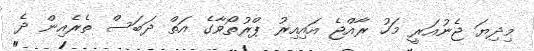
މިދިޔަ ޖެނުއަރީ މަހު ރާއްޖެ އައިއިރު ޕްރުތޯވާގެ އަތް ދަބަސް ތެރެއިން ދެ